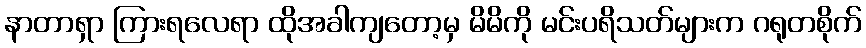
နာတာရှာ ကြားရလေရာ ထိုအခါကျတော့မှ မိမိကို မင်းပရိသတ်များက ဂရုတစိုက်